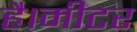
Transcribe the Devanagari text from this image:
है।मीटर